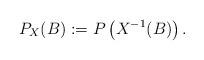
LaTeX: \begin{align*} P_X(B) := P\left(X^{-1}(B)\right).\end{align*}